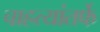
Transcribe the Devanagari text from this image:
चाहत्यांतर्फे